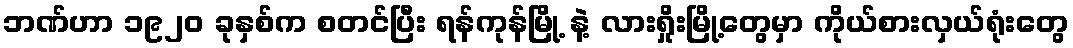
ဘဏ်ဟာ ၁၉၂၀ ခုနှစ်က စတင်ပြီး ရန်ကုန်မြို့ နဲ့ လားရှိုးမြို့တွေမှာ ကိုယ်စားလှယ်ရုံးတွေ